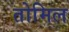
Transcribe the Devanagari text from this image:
तोमिल